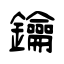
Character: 鑰